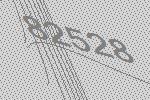
82528